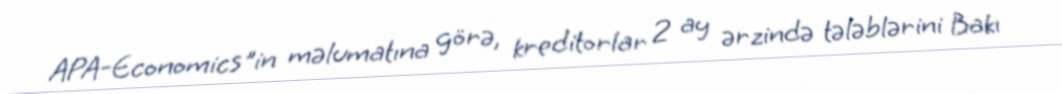
APA-Economics"in məlumatına görə, kreditorlar 2 ay ərzində tələblərini Bakı